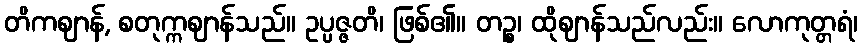
တိကဈာန်, စတုက္ကဈာန်သည်။ ဥပ္ပဇ္ဇတိ၊ ဖြစ်၏။ တဉ္စ၊ ထိုဈာန်သည်လည်း။ လောကုတ္တရံ၊